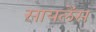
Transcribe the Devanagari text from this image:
सायलेंस